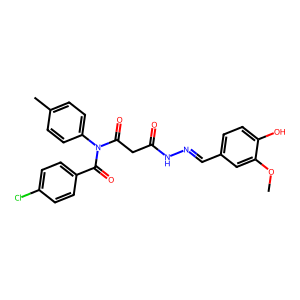
SMILES: COc1cc(C=NNC(=O)CC(=O)N(C(=O)c2ccc(Cl)cc2)c2ccc(C)cc2)ccc1O
Inhibits HIV replication: No